Scottish Certificate of Education, 1963
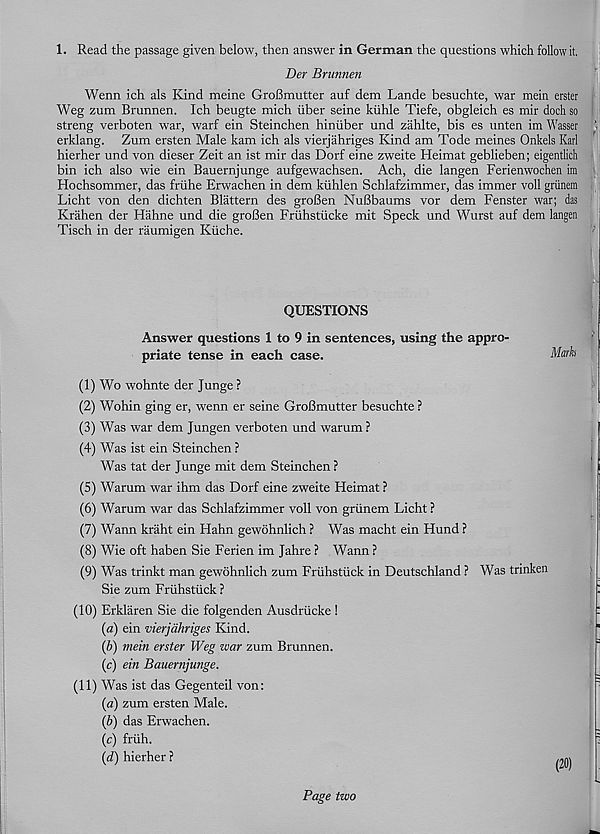
1. Read the passage given below, then answer in German the questions which follow it,
Der Brunnen
Wenn ich als Kind meine GroBmutter auf dem Lande besuchte, war mein erster
Weg zum Brunnen. Ich beugte mich iiber seine kiihle Tiefe, obgleich es mir doch so
streng verboten war, warf ein Steinchen hiniiber und zahlte, bis es unten im Wasser
erklang. Zum ersten Male kam ich als vierjahriges Kind am Tode meines Onkels Karl
hierher und von dieser Zeit an ist mir das Dorf eine zweite Heimat geblieben; eigentlich
bin ich also wie ein Bauernjunge aufgewachsen. Ach, die langen Ferienwochen im
Hochsommer, das friihe Erwachen in dem kiihlen Schlafzimmer, das immer voll griinem
Licht von den dichten Blattern des groBen NuBbaums vor dem Fenster war; das
Krahen der Hahne und die groBen Friihstucke mit Speck und Wurst auf dem langen
Tisch in der raumigen Kiiche.
QUESTIONS
Answer questions 1 to 9 in sentences, using the appro-
priate tense in each case.
Mark
(1) Wo wohnte der Junge ?
(2) Wohin ging er, wenn er seine GroBmutter besuchte ?
(3) Was war dem Jungen verboten und warum ?
(4) Was ist ein Steinchen ?
Was tat der Junge mit dem Steinchen ?
(5) Warum war ihm das Dorf eine zweite Heimat ?
(6) Warum war das Schlafzimmer voll von griinem Licht ?
(7) Wann kraht ein Hahn gewohnlich ? Was macht ein Hund ?
(8) Wie oft haben Sie Ferien im Jahre ? Wann ?
(9) Was trinkt man gewohnlich zum Friihstuck in Deutschland ? Was trinken
Sie zum Friihstiick ?
(10) Erklaren Sie die folgenden Ausdriicke !
(a) ein vierjdhriges Kind.
(&) mein erster Weg war zum Brunnen.
(c) ein Bauernjimge.
(11) Was ist das Gegenteil von:
(a) zum ersten Male.
(b) das Erwachen.
(c) friih.
(d) hierher ?
Page two